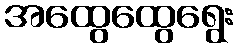
အထွေထွေရွေး